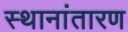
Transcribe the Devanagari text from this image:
स्थानांतारण